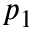
p _ { 1 }